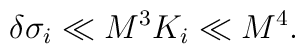
\delta\sigma_i \ll M^3 K_i \ll M^4.